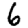
Digit: 6